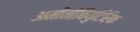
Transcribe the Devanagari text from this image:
अमीनोबियुटिरिक